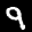
Label: 9